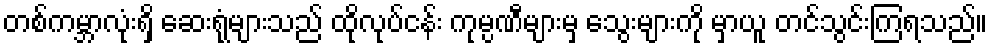
တစ်ကမ္ဘာလုံးရှိ ဆေးရုံများသည် ထိုလုပ်ငန်း ကုမ္ပဏီများမှ သွေးများကို မှာယူ တင်သွင်းကြရသည်။